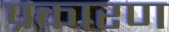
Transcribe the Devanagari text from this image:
प्रकारण